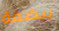
ببضعة